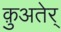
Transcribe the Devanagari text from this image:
क़ुअतेर्